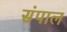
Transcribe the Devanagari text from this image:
संपाल